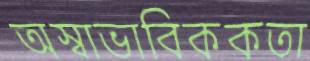
অস্বাভাবিককতা